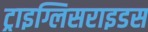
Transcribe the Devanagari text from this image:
ट्राइग्लिसराइडस